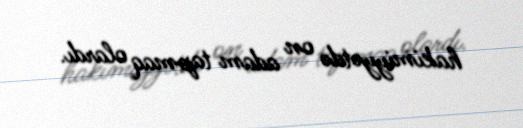
hakimiyyətdə on adam tapmaq olardı.